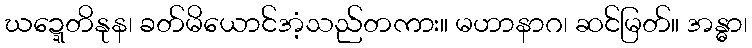
ဃဍ္ဍေတိနုန၊ ခတ်မိယောင်အံ့သည်တကား။ မဟာနာဂ၊ ဆင်မြတ်။ အန္ဓာ၊